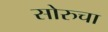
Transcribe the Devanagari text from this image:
सोरुचा